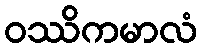
ဝဿိကမာလံ